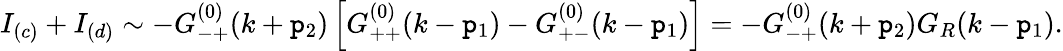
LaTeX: I_{(c)}+I_{(d)}\sim-G_{-+}^{(0)}(k+\mathtt{p}_{2})\left[G_{++}^{(0)}(k-\mathtt{p}_{1})-G_{+-}^{(0)}(k-\mathtt{p}_{1})\right]=-G_{-+}^{(0)}(k+\mathtt{p}_{2})G_{R}(k-\mathtt{p}_{1}).